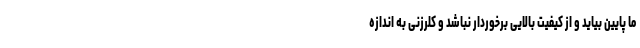
ما پایین بیاید و از کیفیت بالایی برخوردار نباشد و کلرزنی به اندازه